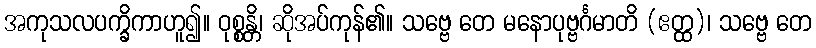
အကုသလပက္ခိကာဟူ၍။ ဝုစ္စန္တိ၊ ဆိုအပ်ကုန်၏။ သဗ္ဗေ တေ မနောပုဗ္ဗင်္ဂမာတိ (ဧတ္ထ)၊ သဗ္ဗေ တေ